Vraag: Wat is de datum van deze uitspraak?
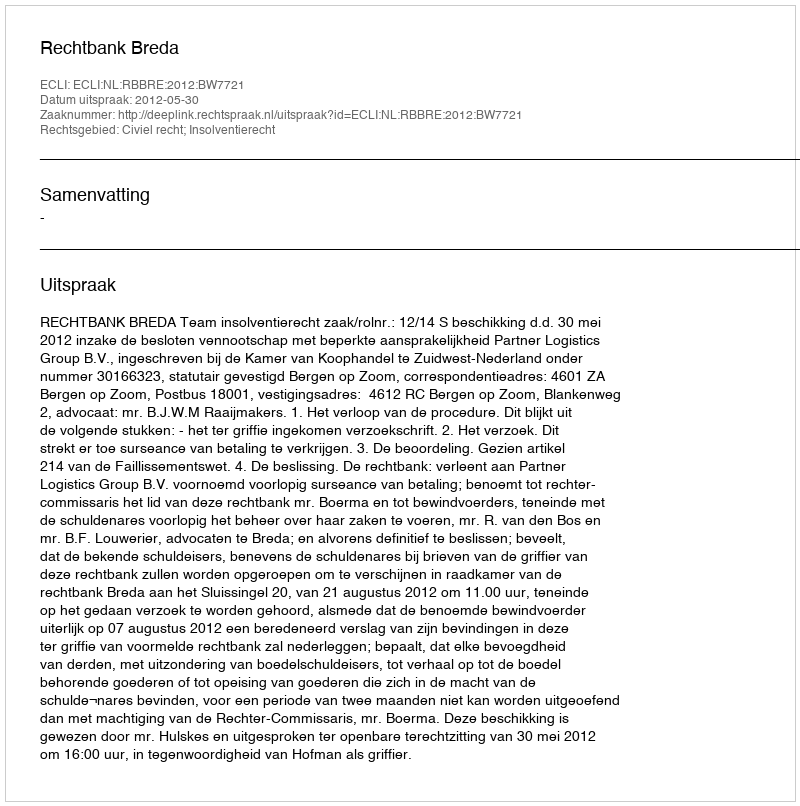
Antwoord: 2012-05-30